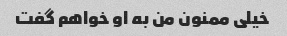
خیلی ممنون من به او خواهم گفت